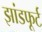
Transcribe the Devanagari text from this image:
झांडफूर्ट